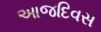
આજદિવસ